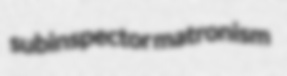
subinspector matronism